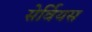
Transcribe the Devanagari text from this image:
सेर्वियस